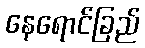
နေရောင်ခြည်